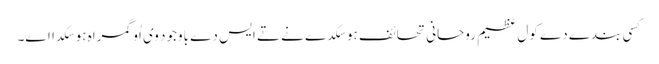
کسی بندے دے کول عظیم روحانی تحائف ہو سکدے نے تے ایس دے باوجود وی اُو گمراہ ہو سکدا اے۔